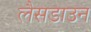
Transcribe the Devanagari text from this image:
लैसडाउन